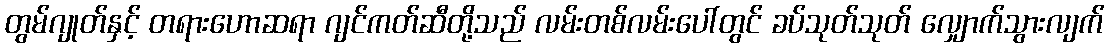
တွမ်ဂျုတ်နှင့် တရားဟောဆရာ ဂျင်ကတ်ဆီတို့သည် လမ်းတစ်လမ်းပေါ်တွင် ခပ်သုတ်သုတ် လျှောက်သွားလျက်